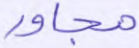
مجاور